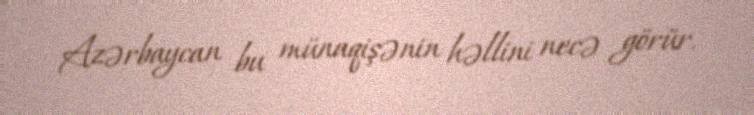
Azərbaycan bu münaqişənin həllini necə görür.